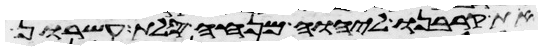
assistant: את קרבנו ליהוה מנחה סלת עשרון